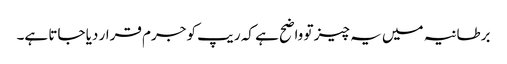
برطانیہ میں یہ چیز تو واضح ہے کہ ریپ کو جرم قرار دیا جاتا ہے۔